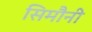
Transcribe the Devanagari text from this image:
सिमौनी